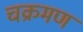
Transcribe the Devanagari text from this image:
चक्रमण